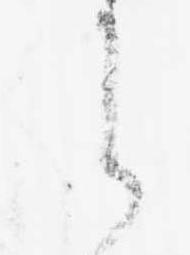
之